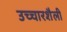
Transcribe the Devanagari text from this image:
उच्चारशैली